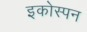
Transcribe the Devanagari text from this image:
इकोस्पन